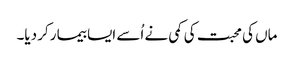
ماں کی محبت کی کمی نے اُسے ایسا بیما رکر دیا۔